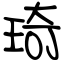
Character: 琦